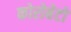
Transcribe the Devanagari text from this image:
कोरोबेटो